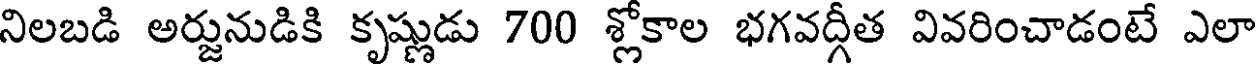
నిలబడి అర్జునుడికి కృష్ణుడు 700 శ్లోకాల భగవద్గీత వివరించాడంటే ఎలా